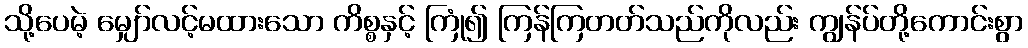
သို့ပေမဲ့ မျှော်လင့်မထားသော ကိစ္စနှင့် ကြုံ၍ ကြန်ကြတတ်သည်ကိုလည်း ကျွန်ပ်တို့ကောင်းစွာ